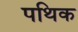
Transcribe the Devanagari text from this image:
पथिक